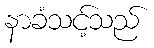
နာခံသင့်သည်